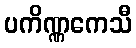
ပကိဏ္ဏကေသီ